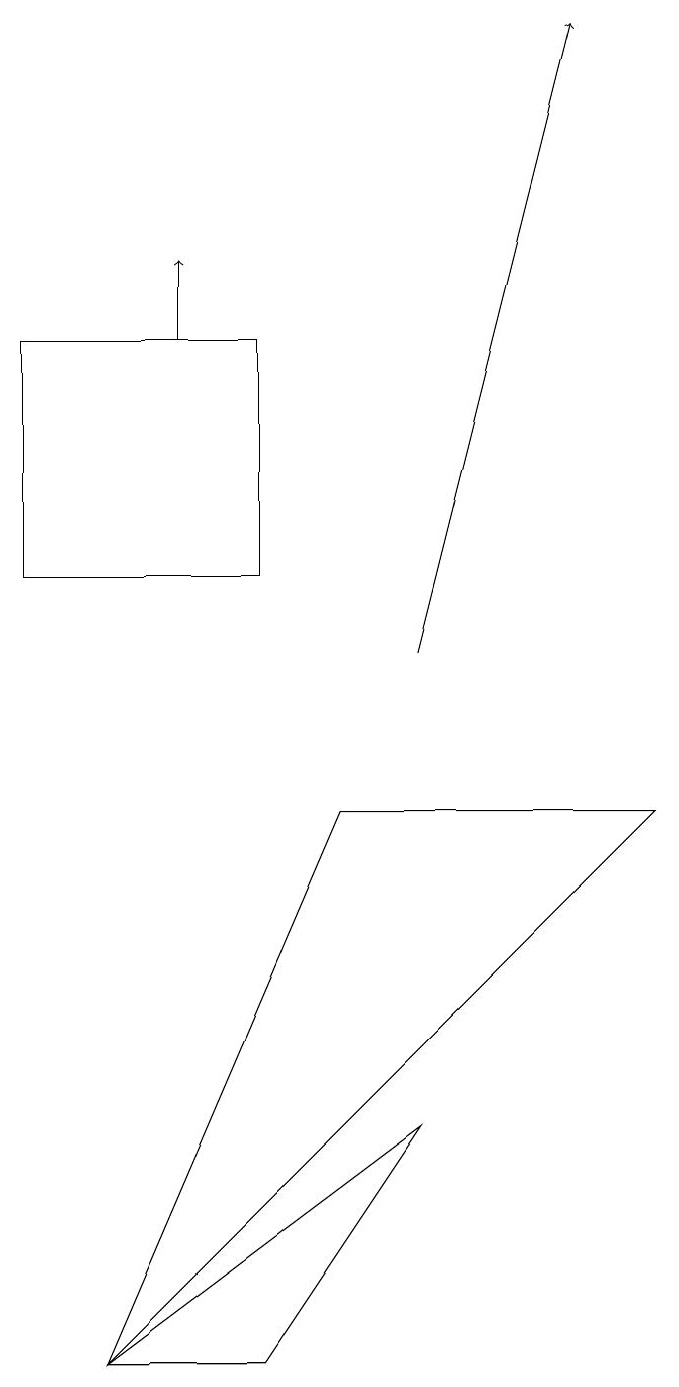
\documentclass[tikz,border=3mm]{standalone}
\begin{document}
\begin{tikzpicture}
\draw (5,5) -- (3,2) -- (1,2) -- cycle;
\draw[->] (2,15) -- (2,16);
\draw (8,9) -- (4,9) -- (1,2) -- cycle;
\draw[->] (5,11) -- (7,19);
\draw (0,15) rectangle (3,12);
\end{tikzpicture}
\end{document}